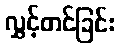
လွှင့်တင်ခြင်း